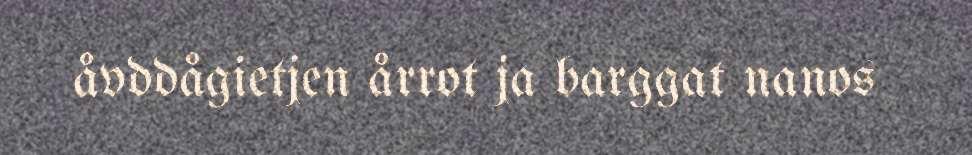
åvddågietjen årrot ja barggat nanos